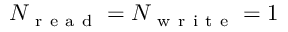
N _ { \mathrm { ~ r ~ e ~ a ~ d ~ } } = N _ { \mathrm { ~ w ~ r ~ i ~ t ~ e ~ } } = 1